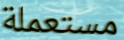
مستعملة